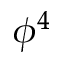
\phi ^ { 4 }